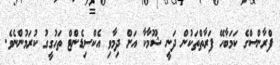
ފްރާންސްގެ ކަމަބާހޭ ފަރާތްތަކުން ދަނީ ޝޫމާކާ އަށް ދިމާވި އެކްސިޑެންޓް ތަހުގީގު ކުރަމުންނެވެ.